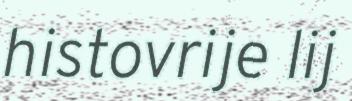
histovrije lij